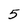
Character: 5